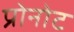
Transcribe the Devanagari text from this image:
प्रोनोट